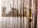
إنها